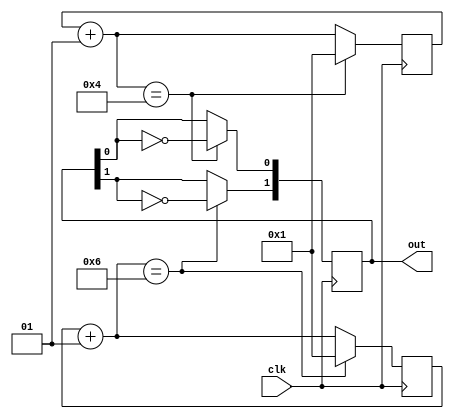
module frequency_divider(clk ,out);

input clk;
output reg [1:0] out;

 initial out = 0;
 integer count1,count2;
 initial count1 = 0;
 initial count2 = 0;
 
  always @ (posedge clk)
  begin
  count1 = count1 + 1;
  count2 = count2 + 1;
  
  if (count1 == 4) // 6/2 + 1 , T = 120
  begin
  out[0] =~ out[0];
  count1 = 1;
  end
  
  if (count2 == 6)  // 10/2 + 1 , T = 200;
  begin
  out[1] =~ out[1];
  count2 = 1;
  end
  
  end
  
 
endmodule